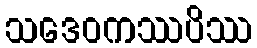
သဒေဝကဿပိဿ